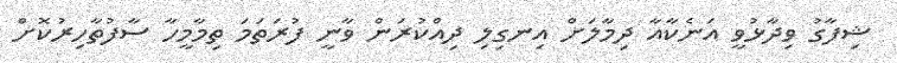
ޝިފާގު ވިދާޅުވީ އަނެކާއާ ދިމާލަށް އިނގިލި ދިއްކުރަން ވާނީ ފުރަތަމަ ތިމާމީހާ ސާފުތާހިރުކޮށް